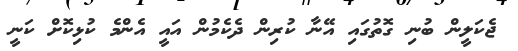
ޖެކަލީން ބުނި ގޮތުގައި އޭނާ ކުރިން ދެކެމުން އައީ އެންމެ ކުޅިކޮށް ކަނީ